Senior Leaving Certificate Examination (including Day School Certificate (Higher) General paper), 1947
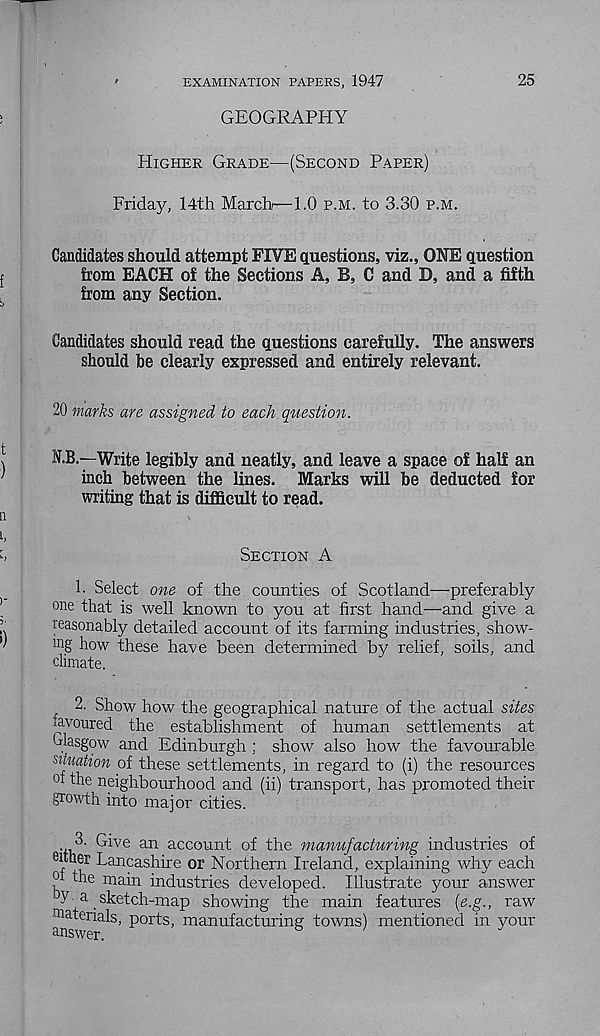
EXAMINATION PAPERS, 1947
GEOGRAPHY
25
Higher Grade—(Second Paper)
Friday, 14th March—1.0 p.m. to 3.30 p.m.
Candidates should attempt FIVE questions, viz., ONE question
from EACH of the Sections A, B, C and D, and a fifth
from any Section.
Candidates should read the questions carefully. The answers
should be clearly expressed and entirely relevant.
20 marks are assigned to each question.
N.B.—Write legibly and neatly, and leave a space of half an
inch between the lines. Marks will be deducted for
writing that is difficult to read.
Section A
1. Select one of the counties of Scotland—preferably
one that is well known to you at first hand—and give a
reasonably detailed account of its farming industries, show-
ing how these have been determined by relief, soils, and
climate.
j , 2. Show how the geographical nature of the actual sites
favoured the establishment of human settlements at
Glasgow and Edinburgh; show also how the favourable
situation of these settlements, in regard to (i) the resources
oi the neighbourhood and (ii) transport, has promoted their
growth into major cities.
. 3- Give an account of the manufacturing industries of
I, Lancashire or Northern Ireland, explaining why each
w the main industries developed. Illustrate your answer
' y a sketch-map showing the main features {e.g., raw
Tiaterials, ports, manufacturing towns) mentioned in your